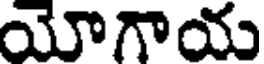
యోగాయ